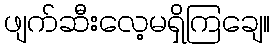
ဖျက်ဆီးလေ့မရှိကြချေ။